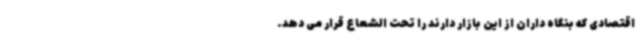
اقتصادی که بنگاه داران از این بازار دارند را تحت الشعاع قرار می دهد.